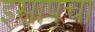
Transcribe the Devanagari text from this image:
इसापचा